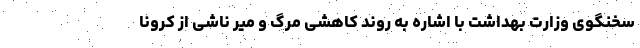
سخنگوی وزارت بهداشت با اشاره به روند کاهشی مرگ و میر ناشی از کرونا